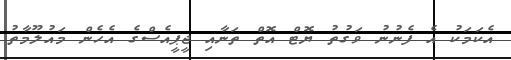
އެކަމަކު އެ ފެނުނު ވަގުތު ޔޮޓް އޮތް ތަނާއި ޖީޕީއެސްގެ އެހެން މައުލޫމާތު